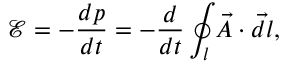
\mathcal E = - \frac { d p } { d t } = - \frac { d } { d t } \oint _ { l } \vec { A } \cdot \vec { d l } ,